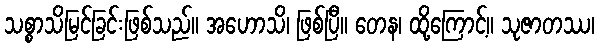
သစ္စာသိမြင်ခြင်းဖြစ်သည်။ အဟောသိ၊ ဖြစ်ပြီ။ တေန၊ ထို့ကြောင့်။ သုဇာတဿ၊